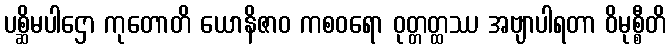
ပစ္ဆိမပါဌော ကုတောတိ ယောနိဇာဝ ကစဝရော ဝုတ္တတ္ထဿ အဗျာပါရတာ ဝိမုစ္စီတိ